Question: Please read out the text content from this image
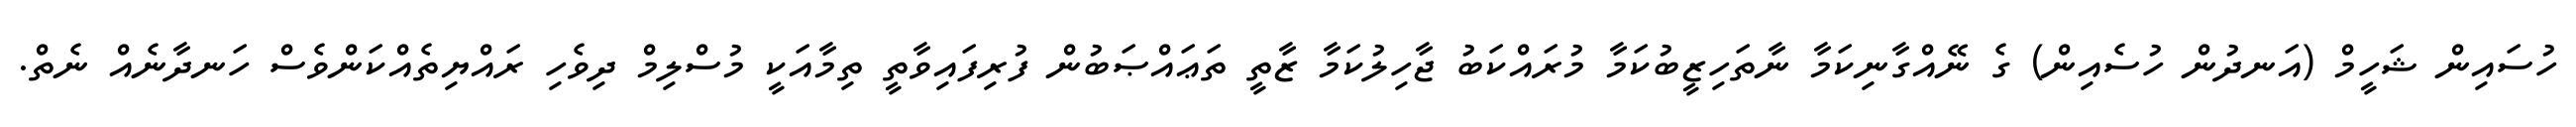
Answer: ހުސައިން ޝަހީމް (އަނދުން ހުސެއިން) ގެ ނޭއްގާނިކަމާ ނާތަހިޒީބުކަމާ މުރައްކަބު ޖާހިލުކަމާ ޒާތީ ތަޢައްޞަބުން ފުރިފައިވާތީ ތިމާއަކީ މުސްލިމް ދިވެހި ރައްޔިތެއްކަންވެސް ހަނދާނެއް ނެތް.